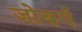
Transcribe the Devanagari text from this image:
जोबर्ग